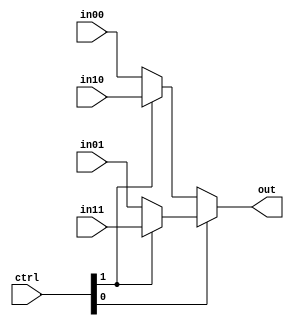
`timescale 1ns / 1ps
module MUX4_5(
    input [1:0] ctrl,
    input [4:0] in00,
    input [4:0] in01,
    input [4:0] in10,
    input [4:0] in11,
    output [4:0] out
);
    assign out = ctrl[0] ? (ctrl[1] ? in11 : in01) : (ctrl[1] ? in10 : in00);
endmodule